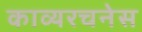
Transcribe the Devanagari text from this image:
काव्यरचनेस